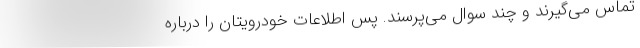
تماس می‌گیرند و چند سوال می‌پرسند. پس اطلاعات خودرویتان را درباره